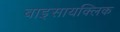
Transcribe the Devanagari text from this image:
बाइसायक्लिक